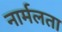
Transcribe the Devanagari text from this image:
नार्मलता